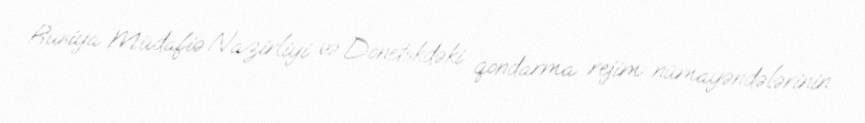
Rusiya Müdafiə Nazirliyi və Donetskdəki qondarma rejim nümayəndələrinin